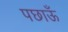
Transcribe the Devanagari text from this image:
पछाऊँ